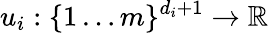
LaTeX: u_{i}:\{ 1\ldots m\} ^{d_{i}+1}\rightarrow\mathbb{R}